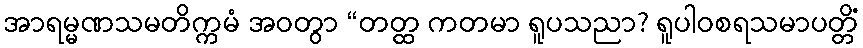
အာရမ္မဏသမတိက္ကမံ အဝတွာ “တတ္ထ ကတမာ ရူပသညာ? ရူပါဝစရသမာပတ္တိံ